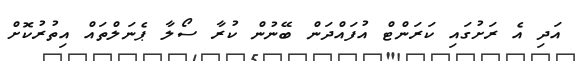
އަދި އެ ރަށުގައި ކަރަންޓް އުފައްދަން ބޭނުން ކުރާ ސޯލާ ޕެނަލްތައް އިތުރުކޮށް